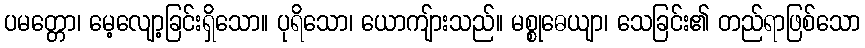
ပမတ္တော၊ မေ့လျော့ခြင်းရှိသော။ ပုရိသော၊ ယောကျ်ားသည်။ မစ္စုဓေယျာ၊ သေခြင်း၏ တည်ရာဖြစ်သော